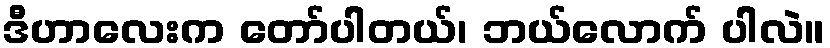
ဒီဟာလေးက တော်ပါတယ်၊ ဘယ်လောက် ပါလဲ။